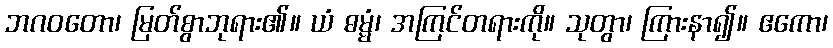
ဘဂဝတော၊ မြတ်စွာဘုရား၏။ ယံ ဓမ္မံ၊ အကြင်တရားကို။ သုတွာ၊ ကြားနာ၍။ ဧကော၊